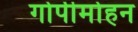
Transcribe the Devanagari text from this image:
गोपीमोहन